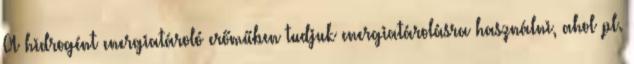
A hidrogént energiatároló erőműben tudjuk energiatárolásra használni, ahol pl.